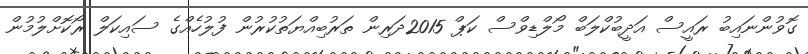
ގޮވުންނައިބު ރައީސް އަދީބުކްލަބް މޯލްޑިވްސް ކަޕް 2015ދަރިން ތަރުބިއްޔަތުކުރުން ފުލުހެއްގެ ސައިކަލް ރޯކޮށްލުމުން